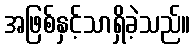
အဖြစ်နှင့်သာရှိခဲ့သည်။